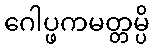
ဂေါပ္ဖကမတ္တမ္ပိ